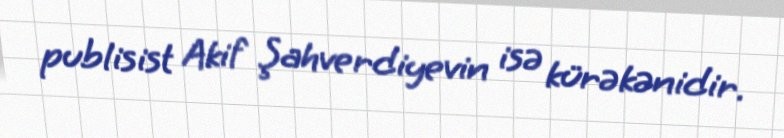
publisist Akif Şahverdiyevin isə kürəkənidir.